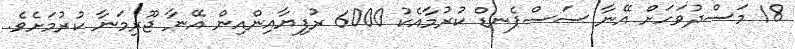
18 މަސްދުވަހަށް އޭނާ ސަސްޕެނޑް ކުރުމާއެކު 6000 ރުފިޔާއިންއިން އޭނާ ޖޫރިމަނާ ކުރުމަށެވެ.